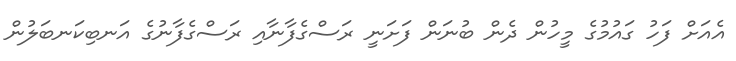
އެއަށް ފަހު ގައުމުގެ މީހުން ދެން ބުނަން ފަށަނީ ރަސްގެފާނާއި ރަސްގެފާނުގެ އަނބިކަނބަލުން